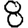
Digit: 8